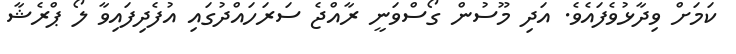
ކަމަށް ވިދާޅުވެފައެވެ. އަދި މޫސުން ގޯސްވަނީ ރާއްޖެ ސަރަހައްދުގައި އުފެދިފައިވާ ލޯ ޕްރެޝާ